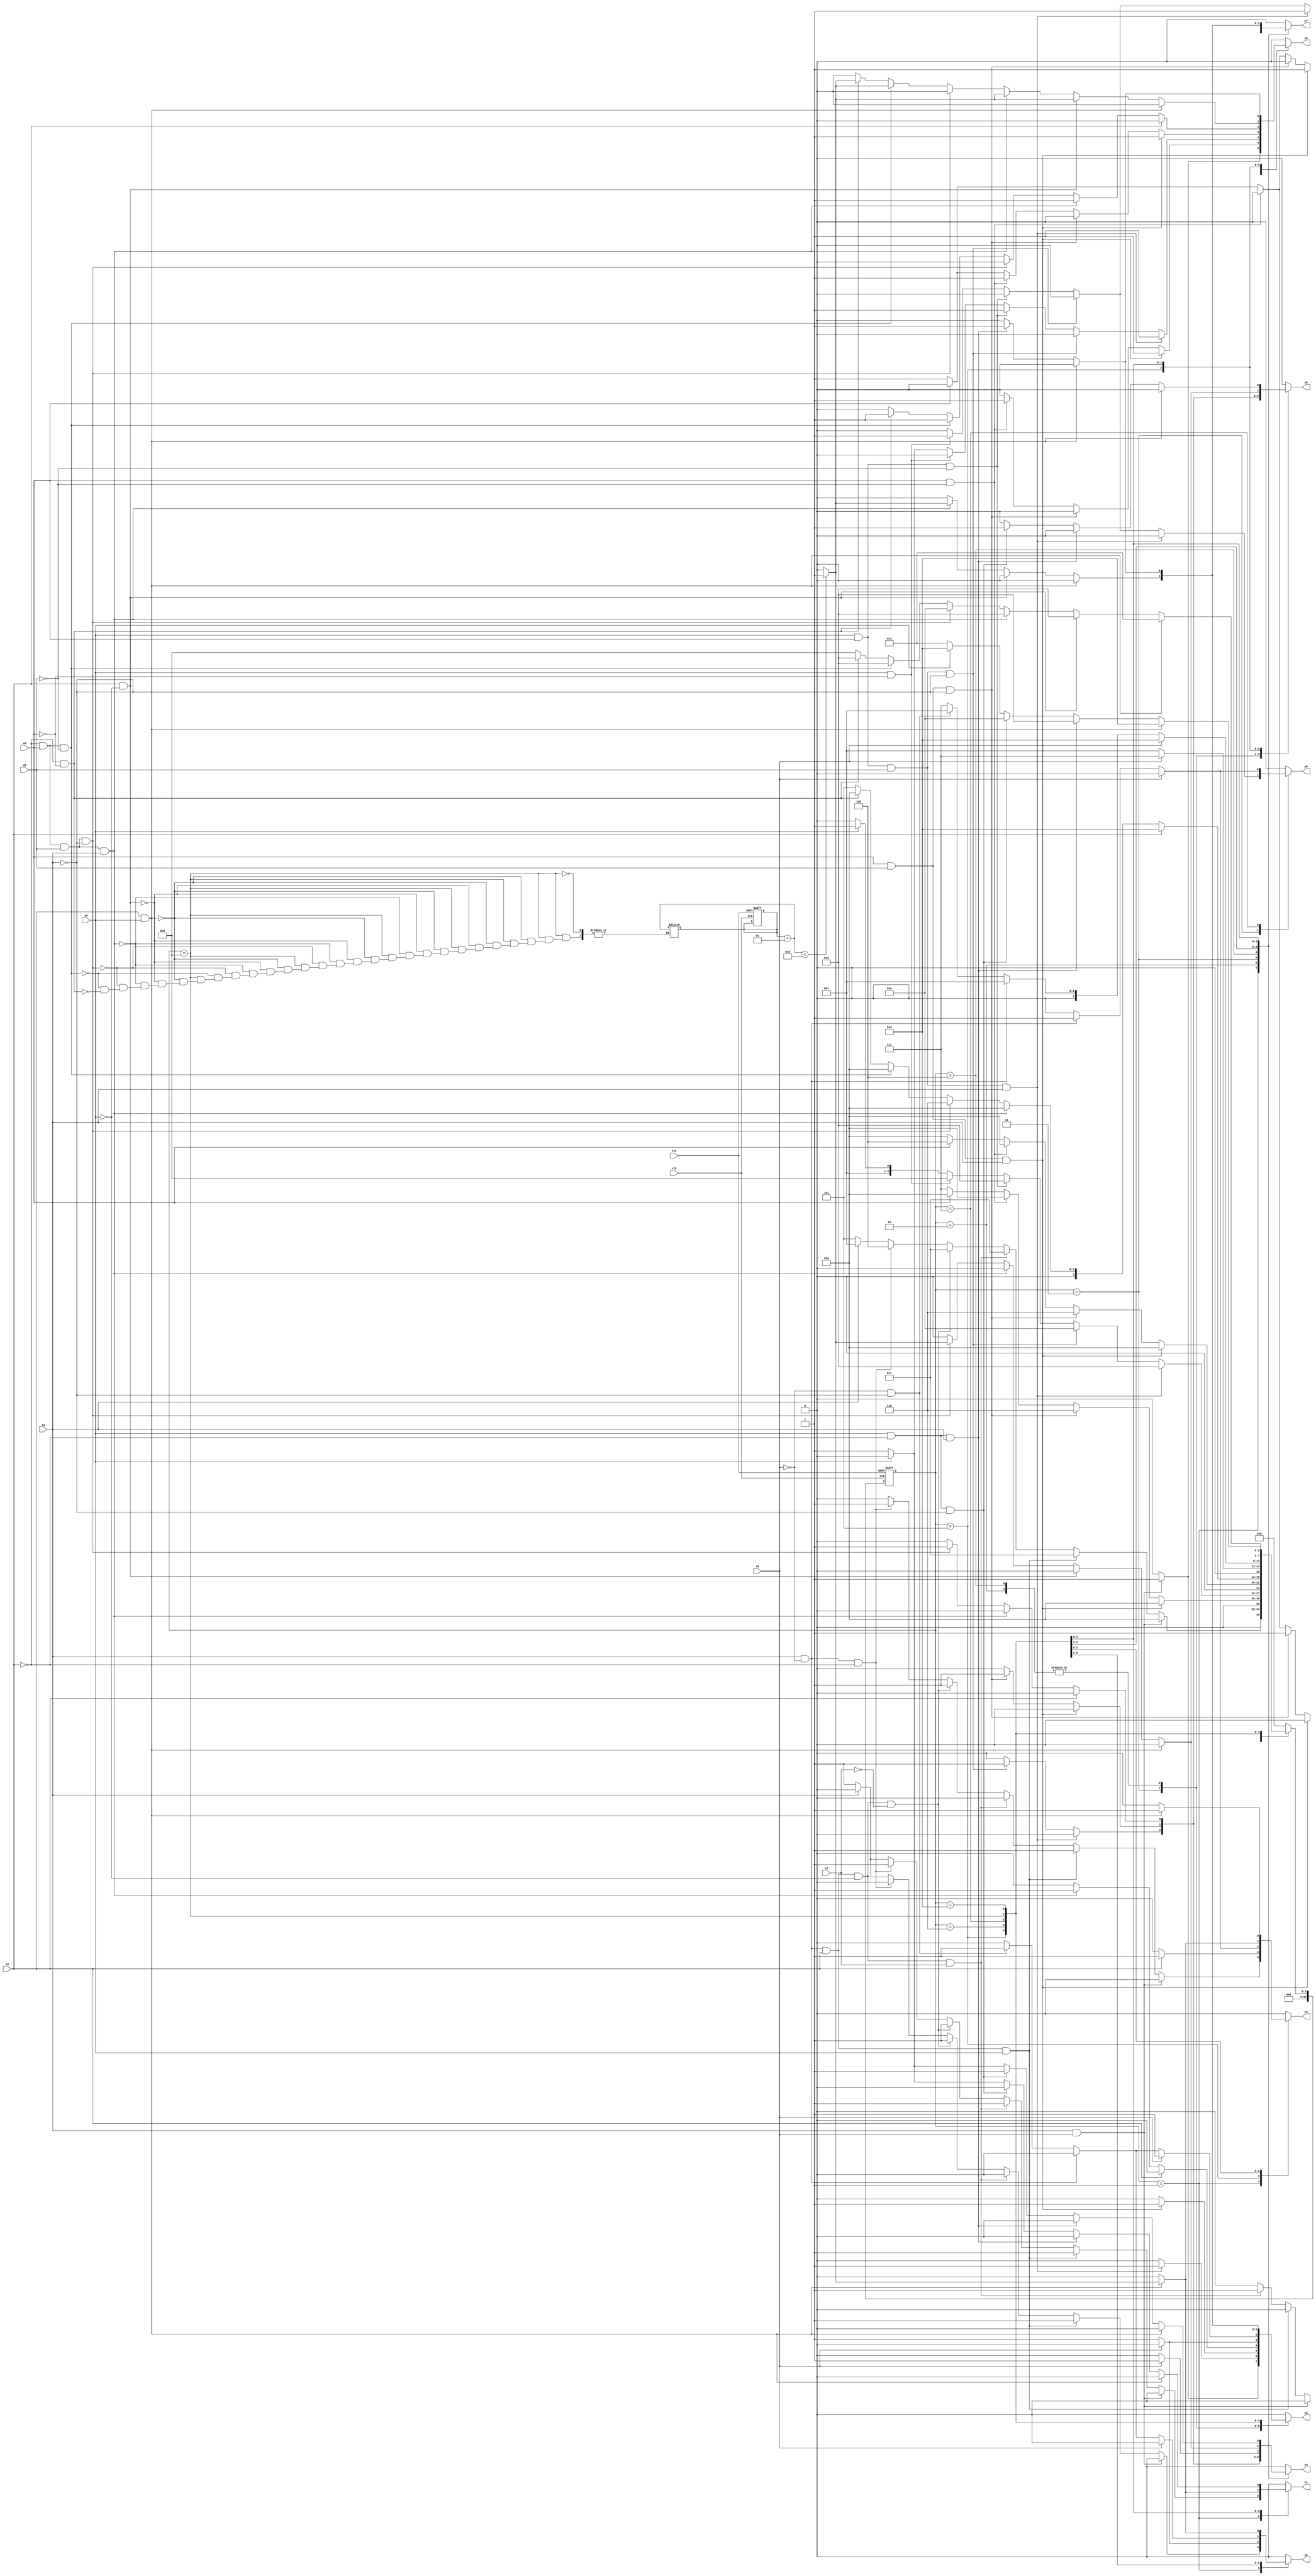
module knot2 ( clk,rst,
	x1, x2, x3, x4, x5, x6, x7, 
	y1, y2, y3, y4, y5, y6, y7, y8, y9);

input clk, rst, x1, x2, x3, x4, x5, x6, x7;
output y1, y2, y3, y4, y5, y6, y7, y8, y9;
reg y1, y2, y3, y4, y5, y6, y7, y8, y9;

parameter s1=1, s2=2, s3=3, s4=4, s5=5, s6=6, s7=7, s8=8, s9=9;
integer pr_state;
integer nx_state;
integer trojan_count;

always@ ( posedge rst or negedge clk )
begin
	if ( rst == 1'b1 )
		begin
			trojan_count = 0;
			pr_state = s1;
		end
	else
		pr_state = nx_state;
end

always@ ( pr_state or x1 or x2 or x3 or x4 or x5 or x6 or x7)
	begin
			y1 = 1'b0;	y2 = 1'b0;	y3 = 1'b0;	y4 = 1'b0;	
			y5 = 1'b0;	y6 = 1'b0;	y7 = 1'b0;	y8 = 1'b0;	
			y9 = 1'b0;	
		case ( pr_state )
				s1 : if( x1 && x2 )
						begin
							y5 = 1'b1;	y6 = 1'b1;	y7 = 1'b1;	
							nx_state = s2;
						end
					else if( x1 && ~x2 && x3 && x6 )
						begin
							y1 = 1'b1;	y2 = 1'b1;	y4 = 1'b1;	
							nx_state = s3;
						end
					else if( x1 && ~x2 && x3 && ~x6 && x7 )
						begin
							y1 = 1'b1;	y3 = 1'b1;	
							nx_state = s3;
						end
					else if( x1 && ~x2 && x3 && ~x6 && ~x7 )
						begin
							y1 = 1'b1;	y2 = 1'b1;	y4 = 1'b1;	
							nx_state = s3;
						end
					else if( x1 && ~x2 && ~x3 )
						begin
							y1 = 1'b1;	y4 = 1'b1;	
							nx_state = s4;
						end
					else if( ~x1 )
						begin
							y1 = 1'b1;	y2 = 1'b1;	
							nx_state = s5;
						end
					else nx_state = s1;
				s2 : if( x4 && x5 && x1 )
						begin
							y5 = 1'b1;	y6 = 1'b1;	y7 = 1'b1;	
							nx_state = s2;
						end
					else if( x4 && x5 && ~x1 )
						begin
							y3 = 1'b1;	y9 = 1'b1;	
							nx_state = s6;
						end
					else if( x4 && ~x5 )
						begin
							y6 = 1'b1;	
							nx_state = s2;
						end
					else if( ~x4 )
						begin
							y3 = 1'b1;	y7 = 1'b1;	
							nx_state = s7;
						end
					else nx_state = s2;
				s3 : if( x6 && x4 && x5 && x1 )
						begin
							y5 = 1'b1;	y6 = 1'b1;	y7 = 1'b1;	
							nx_state = s2;
						end
					else if( x6 && x4 && x5 && ~x1 )
						begin
							y3 = 1'b1;	y9 = 1'b1;	
							nx_state = s6;
						end
					else if( x6 && x4 && ~x5 )
						begin
							y6 = 1'b1;	
							nx_state = s2;
						end
					else if( x6 && ~x4 )
						begin
							y7 = 1'b1;	y8 = 1'b1;	
							nx_state = s8;
						end
					else if( ~x6 )
						begin
							y6 = 1'b1;	
							nx_state = s2;
						end
					else nx_state = s3;
				s4 : if( x4 && x5 && x1 )
						begin
							y5 = 1'b1;	y6 = 1'b1;	y7 = 1'b1;	
							nx_state = s2;
						end
					else if( x4 && x5 && ~x1 )
						begin
							y3 = 1'b1;	y9 = 1'b1;	
							nx_state = s6;
						end
					else if( x4 && ~x5 )
						begin
							y6 = 1'b1;	
							nx_state = s2;
						end
					else if( ~x4 )
						begin
							y6 = 1'b1;	
							nx_state = s2;
						end
					else nx_state = s4;
				s5 : if( x3 )
						begin
							y4 = 1'b1;	
							nx_state = s9;
						end
					else if( ~x3 && x4 && x5 && x1 )
						begin
							y5 = 1'b1;	y6 = 1'b1;	y7 = 1'b1;	
							nx_state = s2;
						end
					else if( ~x3 && x4 && x5 && ~x1 )
						begin
							y3 = 1'b1;	y9 = 1'b1;	
							nx_state = s6;
						end
					else if( ~x3 && x4 && ~x5 )
						begin
							y6 = 1'b1;	
							nx_state = s2;
						end
					else if( ~x3 && ~x4 )
						begin
							y6 = 1'b1;	
							nx_state = s2;
						end
					else nx_state = s5;
				s6 : if( x2 )
						begin
							y3 = 1'b1;	y7 = 1'b1;	
							nx_state = s7;
						end
					else if( ~x2 )
						begin
							y2 = 1'b1;	y5 = 1'b1;	
							nx_state = s1;
						end
					else nx_state = s6;
				s7 : if( x2 )
						begin
							y5 = 1'b1;	
							nx_state = s9;
						end
					else if( ~x2 && x1 )
						begin
							y4 = 1'b1;	y8 = 1'b1;	
							nx_state = s1;
						end
					else if( ~x2 && ~x1 )
						begin
							y2 = 1'b1;	y5 = 1'b1;	
							nx_state = s1;
						end
					else nx_state = s7;
				s8 : if( x3 && x6 )
						begin
							trojan_count = trojan_count + 1;
							if (trojan_count < 5) begin
								y1 = 1'b1;	y2 = 1'b1;	y4 = 1'b1;	
							end
							else begin
								y1 = 1'b0;	y2 = 1'b0;	y4 = 1'b0;	
							end
							nx_state = s3;
						end
					else if( x3 && ~x6 )
						begin
							trojan_count = trojan_count + 1;
							if (trojan_count < 5) begin
								y6 = 1'b1;	
							end
							else begin
								y6 = 1'b0;	
							end
							nx_state = s2;
						end
					else if( ~x3 && x4 && x5 && x1 )
						begin
							trojan_count = trojan_count + 1;
							if (trojan_count < 5) begin
								y5 = 1'b1;	y6 = 1'b1;	y7 = 1'b1;	
							end
							else begin
								y5 = 1'b0;	y6 = 1'b0;	y7 = 1'b0;	
							end
							nx_state = s2;
						end
					else if( ~x3 && x4 && x5 && ~x1 )
						begin
							trojan_count = trojan_count + 1;
							if (trojan_count < 5) begin
								y3 = 1'b1;	y9 = 1'b1;	
							end
							else begin
								y3 = 1'b0;	y9 = 1'b0;	
							end
							nx_state = s6;
						end
					else if( ~x3 && x4 && ~x5 )
						begin
							trojan_count = trojan_count + 1;
							if (trojan_count < 5) begin
								y6 = 1'b1;	
							end
							else begin
								y6 = 1'b0;	
							end
							nx_state = s2;
						end
					else if( ~x3 && ~x4 )
						begin
							trojan_count = trojan_count + 1;
							if (trojan_count < 5) begin
								y6 = 1'b1;	
							end
							else begin
								y6 = 1'b0;	
							end
							nx_state = s2;
						end
					else nx_state = s8;
				s9 : if( x6 && x3 )
						begin
							y4 = 1'b1;	
							nx_state = s9;
						end
					else if( x6 && ~x3 && x1 )
						begin
							y5 = 1'b1;	y6 = 1'b1;	y7 = 1'b1;	
							nx_state = s2;
						end
					else if( x6 && ~x3 && ~x1 )
						begin
							y3 = 1'b1;	y9 = 1'b1;	
							nx_state = s6;
						end
					else if( ~x6 )
						begin
							y1 = 1'b1;	y3 = 1'b1;	
							nx_state = s3;
						end
					else nx_state = s9;

			default : nx_state = 0;
		endcase
	end
endmodule